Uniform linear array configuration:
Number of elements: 12
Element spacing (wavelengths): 0.75
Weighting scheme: kaiser
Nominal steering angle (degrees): -45
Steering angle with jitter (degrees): -44.536
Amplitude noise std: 0.05
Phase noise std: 0.05

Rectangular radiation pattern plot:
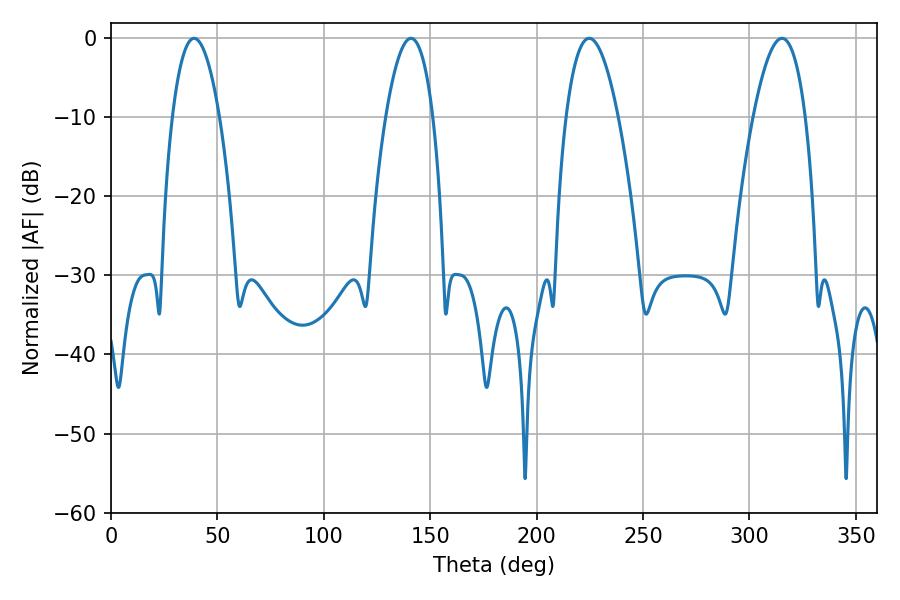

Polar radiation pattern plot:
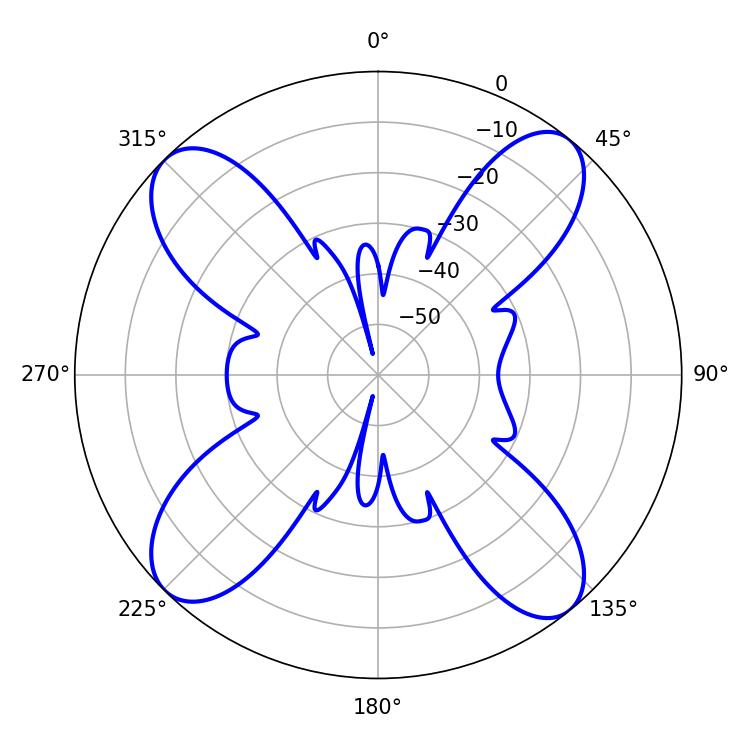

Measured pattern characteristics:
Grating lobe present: TRUE
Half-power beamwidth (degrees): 12.24
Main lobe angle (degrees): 39.06